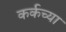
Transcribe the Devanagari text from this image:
कर्कच्या